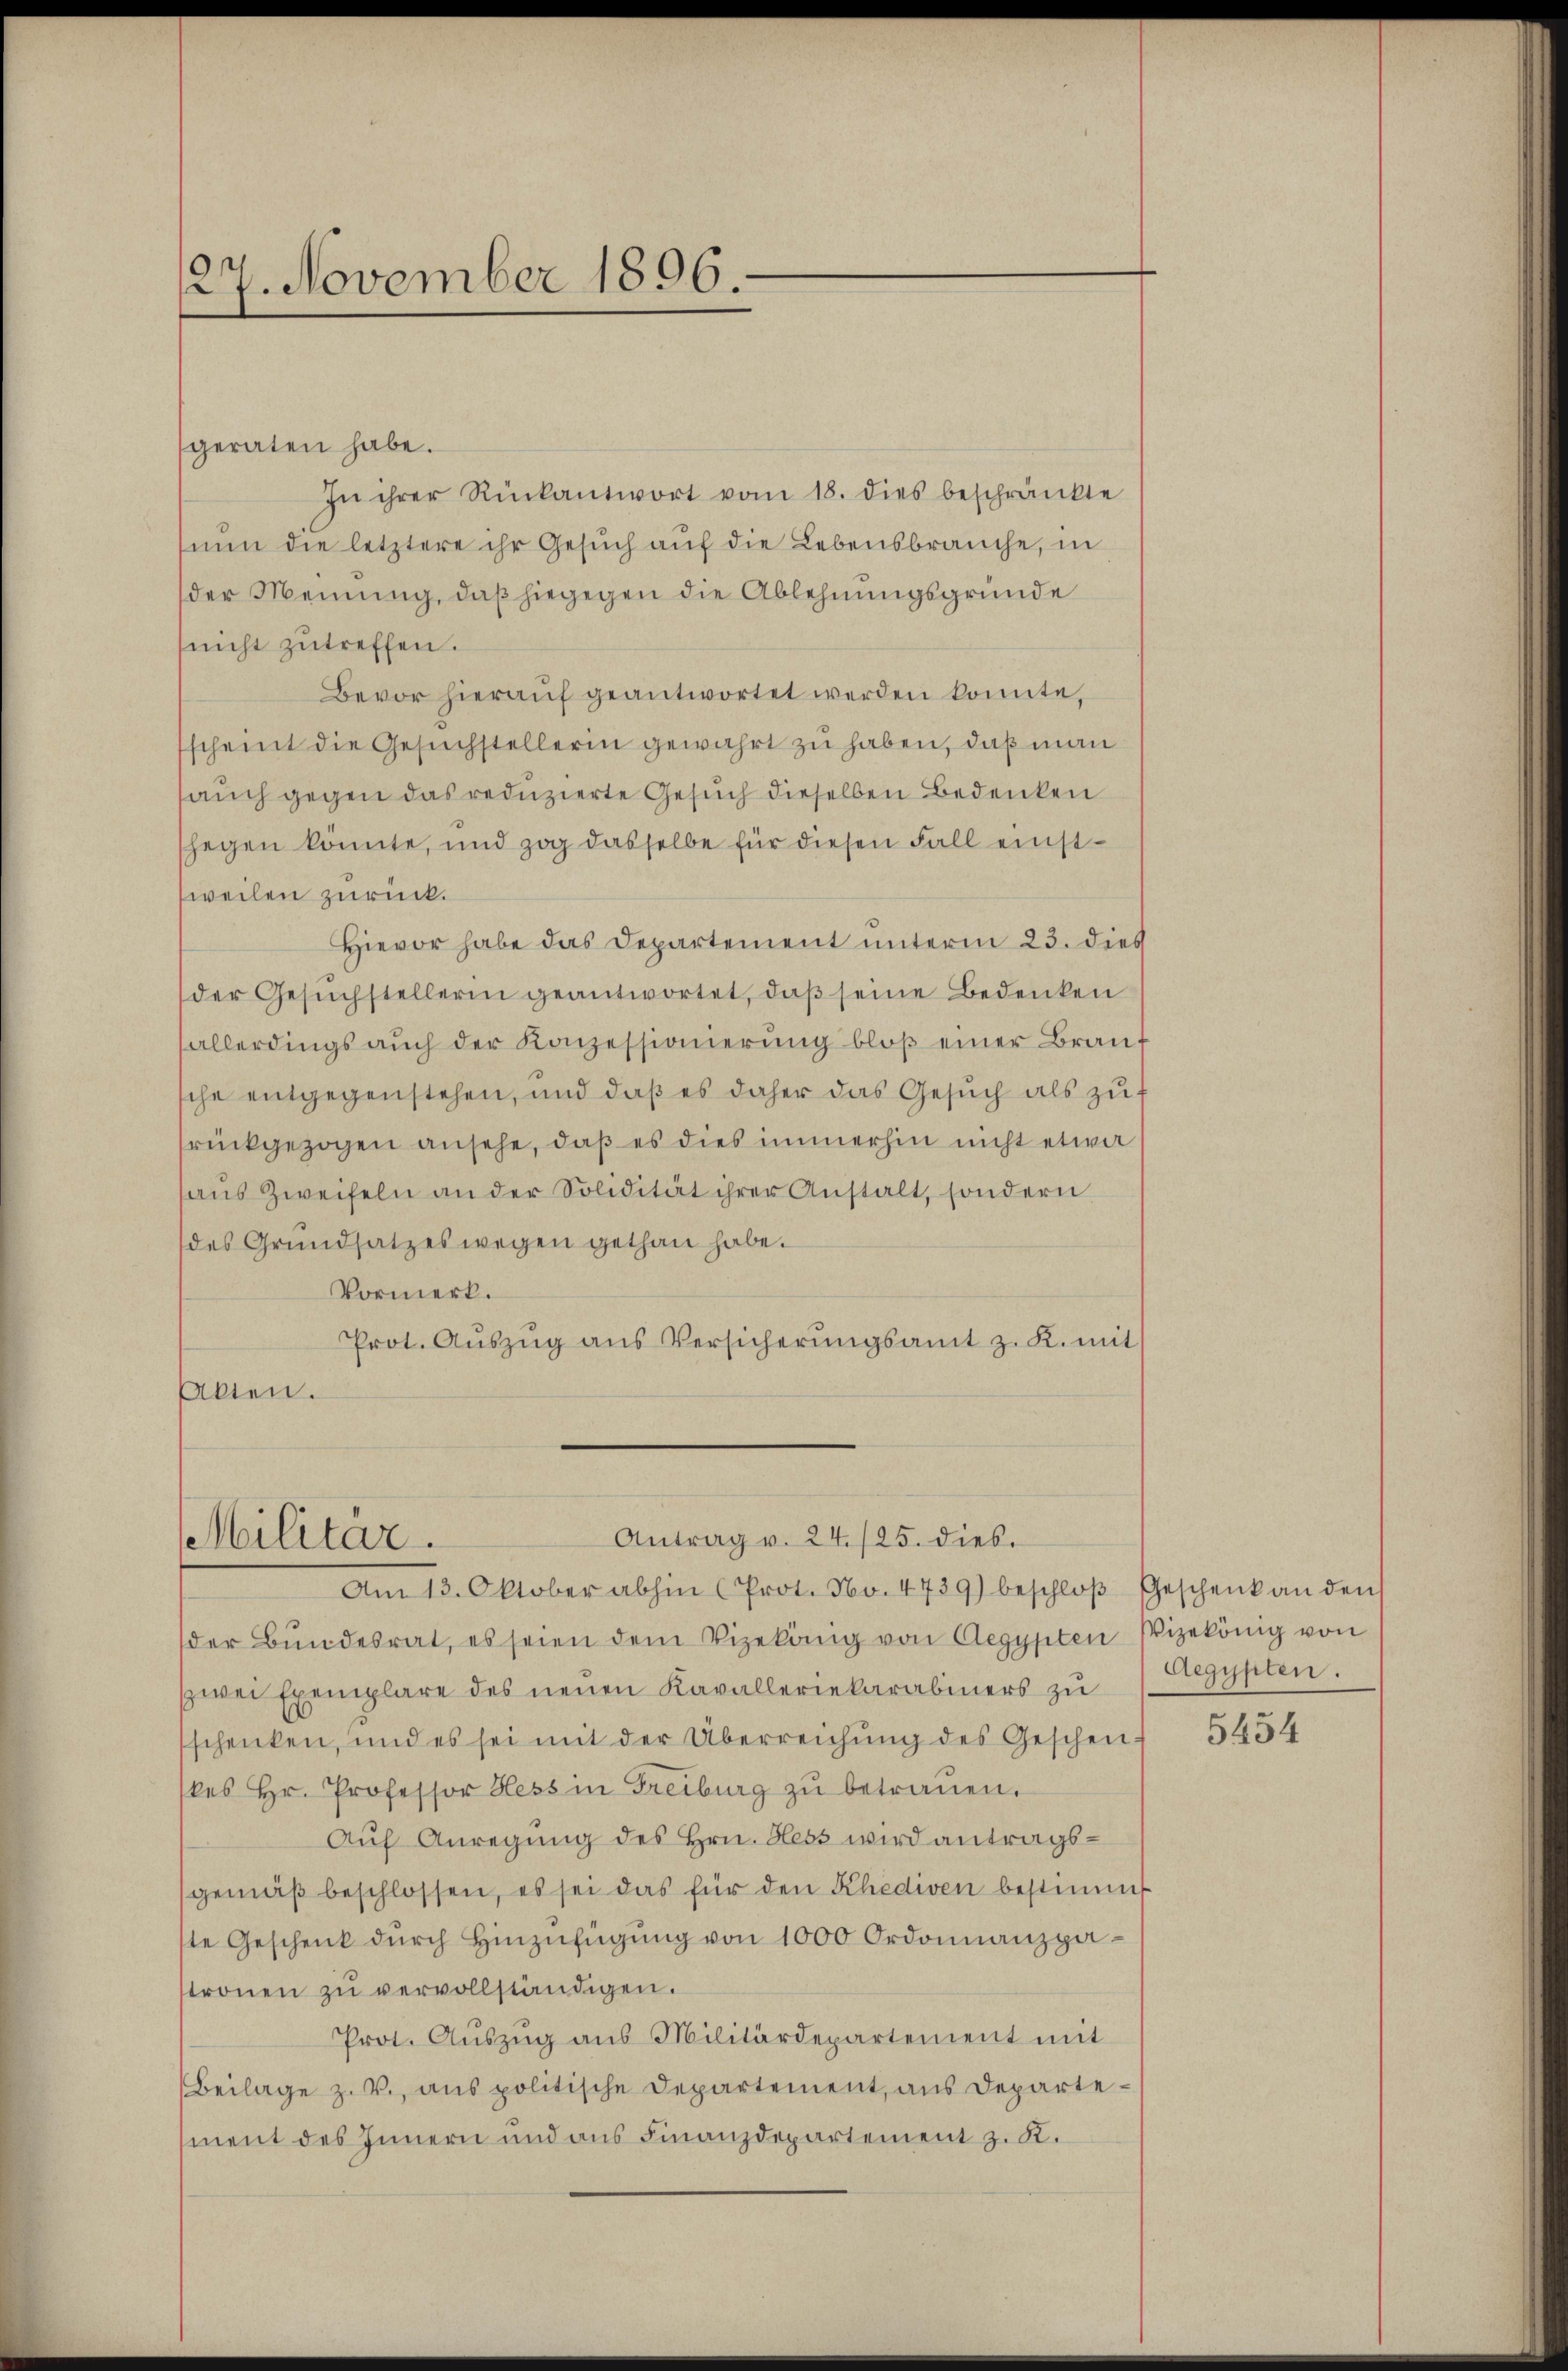
27. November 1806.

geraten habe.
In ihrer Rückantwort vom 18. dies beschränkte
nun die letztere ihr Gesuch auf die Lebensbrauche, in
der Meinung, daß hiegegen die Ablehnungsgründe
(nicht zutreffen.
Bevor hieraŭf geantwortet werden konnte,
scheint die Gesuchstellerin gewahrt zu haben, daß man
auch gegen das reduzierte Gesuch dieselben Bedenken
hegen könnte, und zog dasselbe für diesen Fall einstweilen zurück.
Hievor habe das Departement unterm 23. dies
der Gesŭchstellerin geantwortet, daβ seine Bedenken
allerdings auch der Konzessionierung bloß einer Brau
sche entgegenstehen, und daß es daher das Gesŭch als zŭ
rückgezogen ansehe, daß es dies immerhin nicht etwa
haus Zweifeln an der Solidität ihrer Anstalt, sondern
des Grŭndsatzeswegen gethan habe.
Vormerk.
Prot. Aŭszŭg ans Versicherŭngsamt z. K. mit
Akten.

Antrag v. 24./25. dies.
Militär.
Am 13. Oktober abhin (Prot. No. 4739) beschloβ Geschenk an den

der Bŭndesrat, es seien dem Vizekönig von Aegypten Vizekönig von
zwei Exemplare des neuen Kavalleriekarabiners zu
schenken, und es sei mit der Überreichung des Geschen f
kes Hr. Professor Hess in Freiburg zŭ betraŭen.
Auf Anregung des Hrn. Hess wird antragsgemäβ beschlossen, es sei das für den Khediven bestimmt
ste Geschenk dŭrch hinzŭfügŭng von 1000 Ordonnanzpastronen zŭ vervollständigen.
Prot. Auszug aus Militärdepartement mit
Beilage z. V., ans politische Departement, aus Departement des Innern und aus Finanzdepartement z. K.

Aegypten.

5434